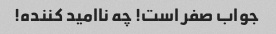
جواب صفر است! چه ناامید کننده!